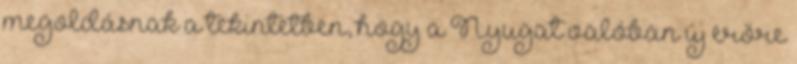
megoldásnak a tekintetben, hogy a Nyugat valóban új erőre